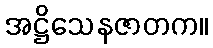
အဋ္ဌိသေနဇာတက။